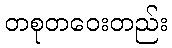
တစုတဝေးတည်း